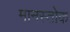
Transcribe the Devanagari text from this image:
मानस्तोक